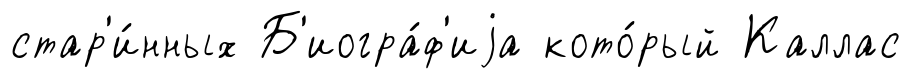
стар'и́нных Б'иогра́ф'иjа кото́рый Каллас